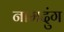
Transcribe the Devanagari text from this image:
नामदुंग